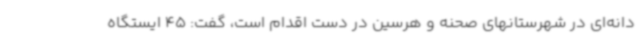
دانه‌ای در شهرستانهای صحنه و هرسین در دست اقدام است، گفت: 45 ایستگاه